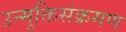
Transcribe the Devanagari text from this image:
उन्मुक्तिसंक्रमण